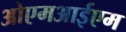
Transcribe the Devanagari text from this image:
ओएमआईएम